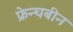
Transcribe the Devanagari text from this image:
फ्रेन्चबीन